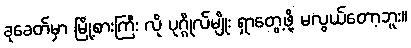
ခုခေတ်မှာ မြို့စားကြီး လို ပုဂ္ဂိုလ်မျိုး ရှာတွေ့ဖို့ မလွယ်တော့ဘူး။